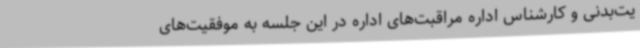
یت‌بدنی و کارشناس اداره مراقبت‌های اداره در این جلسه به موفقیت‌های